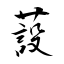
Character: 蔎